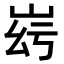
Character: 𡶹